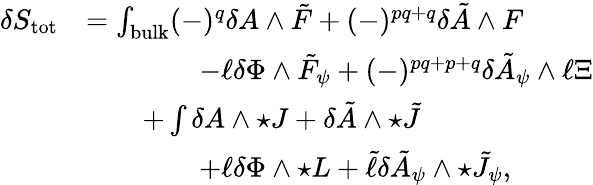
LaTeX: \begin{array}{rl}{\delta S_{\mathrm{tot}}}&{=\int_{\mathrm{bulk}}(-)^{q}\delta A\wedge\tilde{F}+(-)^{pq+q}\delta\tilde{A}\wedge F}\\ &{\qquad\qquad-\ell\delta\Phi\wedge\tilde{F}_{\psi}+(-)^{pq+p+q}\delta\tilde{A}_{\psi}\wedge\ell\Xi}\\ &{\qquad+\int\delta A\wedge\star J+\delta\tilde{A}\wedge\star\tilde{J}}\\ &{\qquad\qquad+\ell\delta\Phi\wedge\star L+\tilde{\ell}\delta\tilde{A}_{\psi}\wedge\star\tilde{J}_{\psi},}\end{array}